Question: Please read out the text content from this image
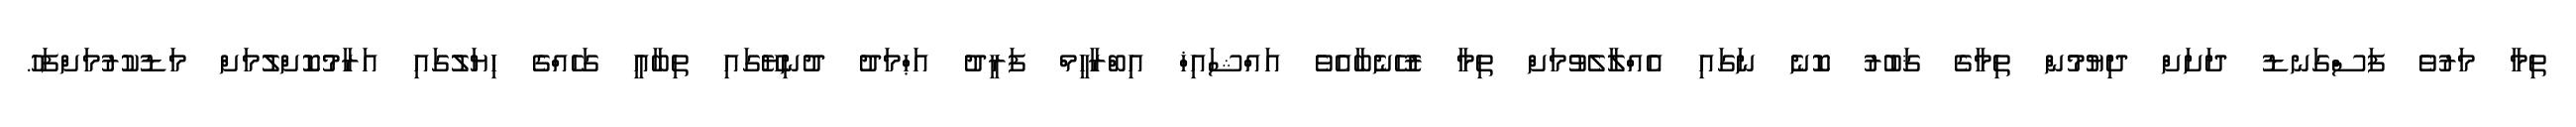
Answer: ތިމާ މަރުވެ ފަސްގަނޑު ދަށަށް ދިޔުމުން ތިމާގެ ޤަބުރު ކޮނެ ނަގައި އެއްލާލެވުމަށް ތިމާ ރުހޭނެބާއެވެ އައްޝައިޚް އިބްރާހީމް ފަރީދު އަޙްމަދު ދުނިޔޭގައި ތިބާއީ ގަހެއްގެ ހިޔަލުގައި އަރާމުކޮށްލުމަށް މަޑުކުރުމަށްފަހު.